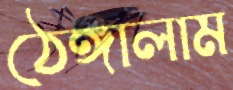
ঠেঙ্গালাম